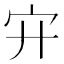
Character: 𡧅